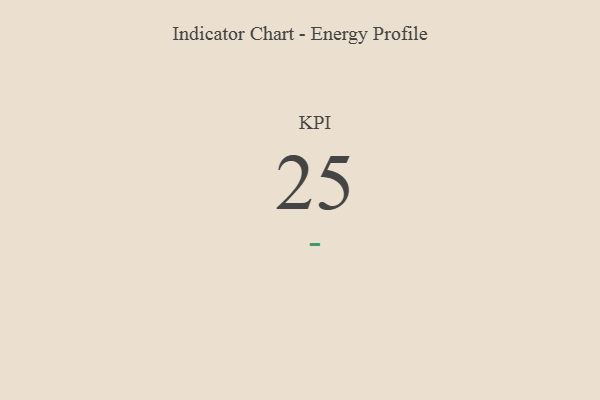
{"axis": {"x": "KPI", "y": "Value"}, "legend": [""], "data": [{"x": "KPI", "y": 25, "type": ""}]}